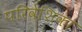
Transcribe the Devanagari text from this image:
परिवेशिका